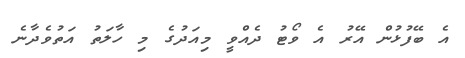
އެ ބޭފުޅުން އޭރު އެ ވޯޓު ދެއްވީ މިއަދުގެ މި ހާލަތު އަތުވެދާނެ